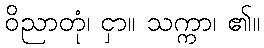
ဝိညာတုံ၊ ငှာ။ သက္ကာ၊ ၏။